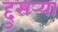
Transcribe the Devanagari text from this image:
द्दुसर्‍या